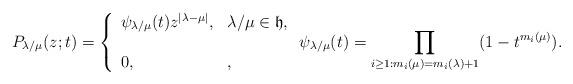
LaTeX: \begin{align*}P_{\lambda/\mu}(z;t)=\left\{\begin{array}{ll}\psi_{\lambda/\mu}(t) z^{|\lambda-\mu|},&\lambda / \mu \in \mathfrak{h},\\ \\0,&,\end{array}\right.\psi_{\lambda/\mu}(t)=\prod_{i \geq 1: m_i(\mu) = m_i(\lambda)+1}(1-t^{m_i(\mu)}).\end{align*}